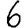
Digit: 6